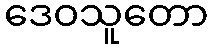
ဒေဝသူတော